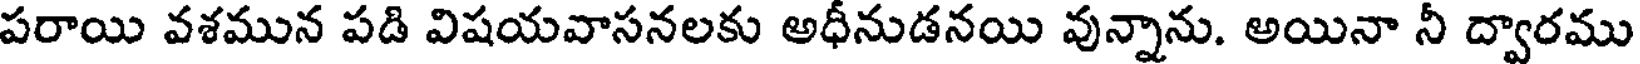
పరాయి వశమున పడి విషయవాసనలకు అధీనుడనయి వున్నాను. అయినా నీ ద్వారము